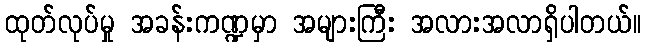
ထုတ်လုပ်မှု အခန်းကဏ္ဍမှာ အများကြီး အလားအလာရှိပါတယ်။